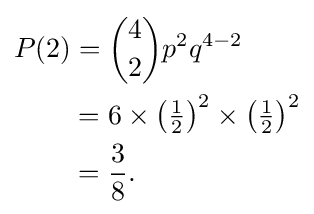
{\begin{aligned}P(2)&={4 \choose 2}p^{2}q^{4-2}\\&=6\times \left({\tfrac {1}{2}}\right)^{2}\times \left({\tfrac {1}{2}}\right)^{2}\\&={\dfrac {3}{8}}.\end{aligned}}